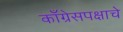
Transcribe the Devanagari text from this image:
काँग्रेसपक्षाचे